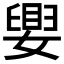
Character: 𫱴